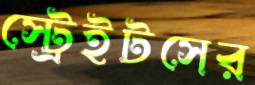
স্ট্রেইটসের